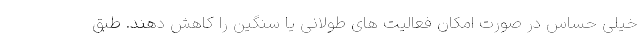
خیلی حساس در صورت امکان فعالیت های طولانی یا سنگین را کاهش دهند. طبق